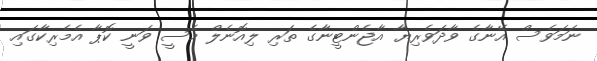
ނަމަވެސް އޭނާގެ ވާދަވެރިޔާ އާޖެންޓީނާގެ ތަރި ލިއޮނެލް މެސީ ވަނީ ކޮޕާ އެމެރިކާގައި